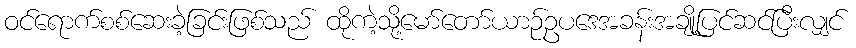
ဝင်ရောက်စစ်ဆေးခဲ့ခြင်းဖြစ်သည် ထိုကဲ့သို့မော်တော်ယာဉ်ဥပဒေအခန်းအချို့ပြင်ဆင်ပြီးလျှင်